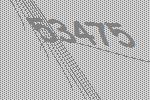
53475